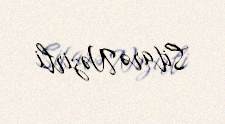
Sitarə Nəzirli